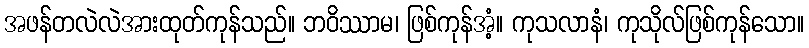
အဖန်တလဲလဲအားထုတ်ကုန်သည်။ ဘဝိဿာမ၊ ဖြစ်ကုန်အံ့။ ကုသလာနံ၊ ကုသိုလ်ဖြစ်ကုန်သော။